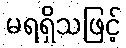
မရရှိသဖြင့်